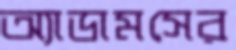
অ্যাডামসের